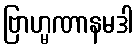
ဗြာဟ္မဏာနမဒါ